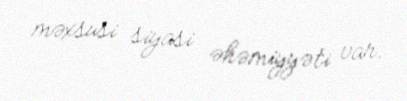
məxsusi siyasi əhəmiyyəti var.